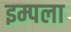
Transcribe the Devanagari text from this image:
इम्पला